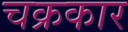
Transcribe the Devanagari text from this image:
चक्रकार